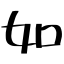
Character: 如